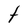
Character: t